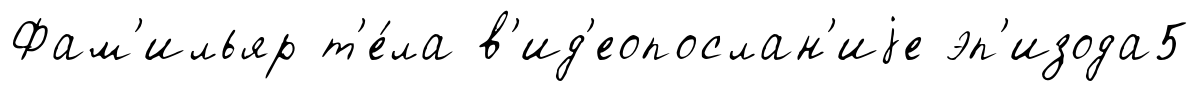
Фам'ильяр т'е́ла в'ид'еопослан'иjе эп'изода5